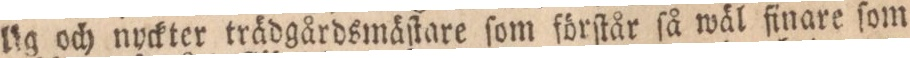
lig och nyckter trädgårdsmäſtare ſom förſtår ſå wäl finare ſom